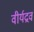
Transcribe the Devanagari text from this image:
वीर्यद्रव